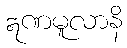
ဣဏမူလာနိ